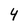
Character: 4